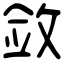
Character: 敛